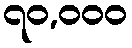
၇၀,၀၀၀